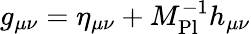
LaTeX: g_{\mu\nu}=\eta_{\mu\nu}+M_{\mathrm{Pl}}^{-1}h_{\mu\nu}